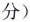
分)